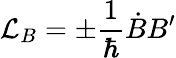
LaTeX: {\cal L}_{B}=\pm\frac 1{\hbar}\dot{B}B^{\prime}